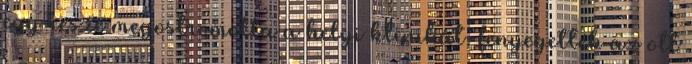
egy része megostromolta a helyi klinikát, fenyegették az ott